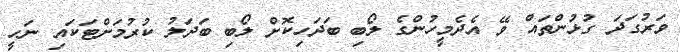
ވަރުގަދަ ގުޅުންތައް ވޭ އެދެމީހުންގެ ލޯބި ބަދަހިކޮށް ލޯބި ބަދަލު ކުރުމަށްޓަކައި ނަހީ